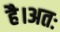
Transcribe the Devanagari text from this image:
है।अतः